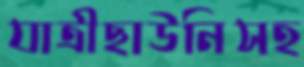
যাত্রীছাউনিসহ